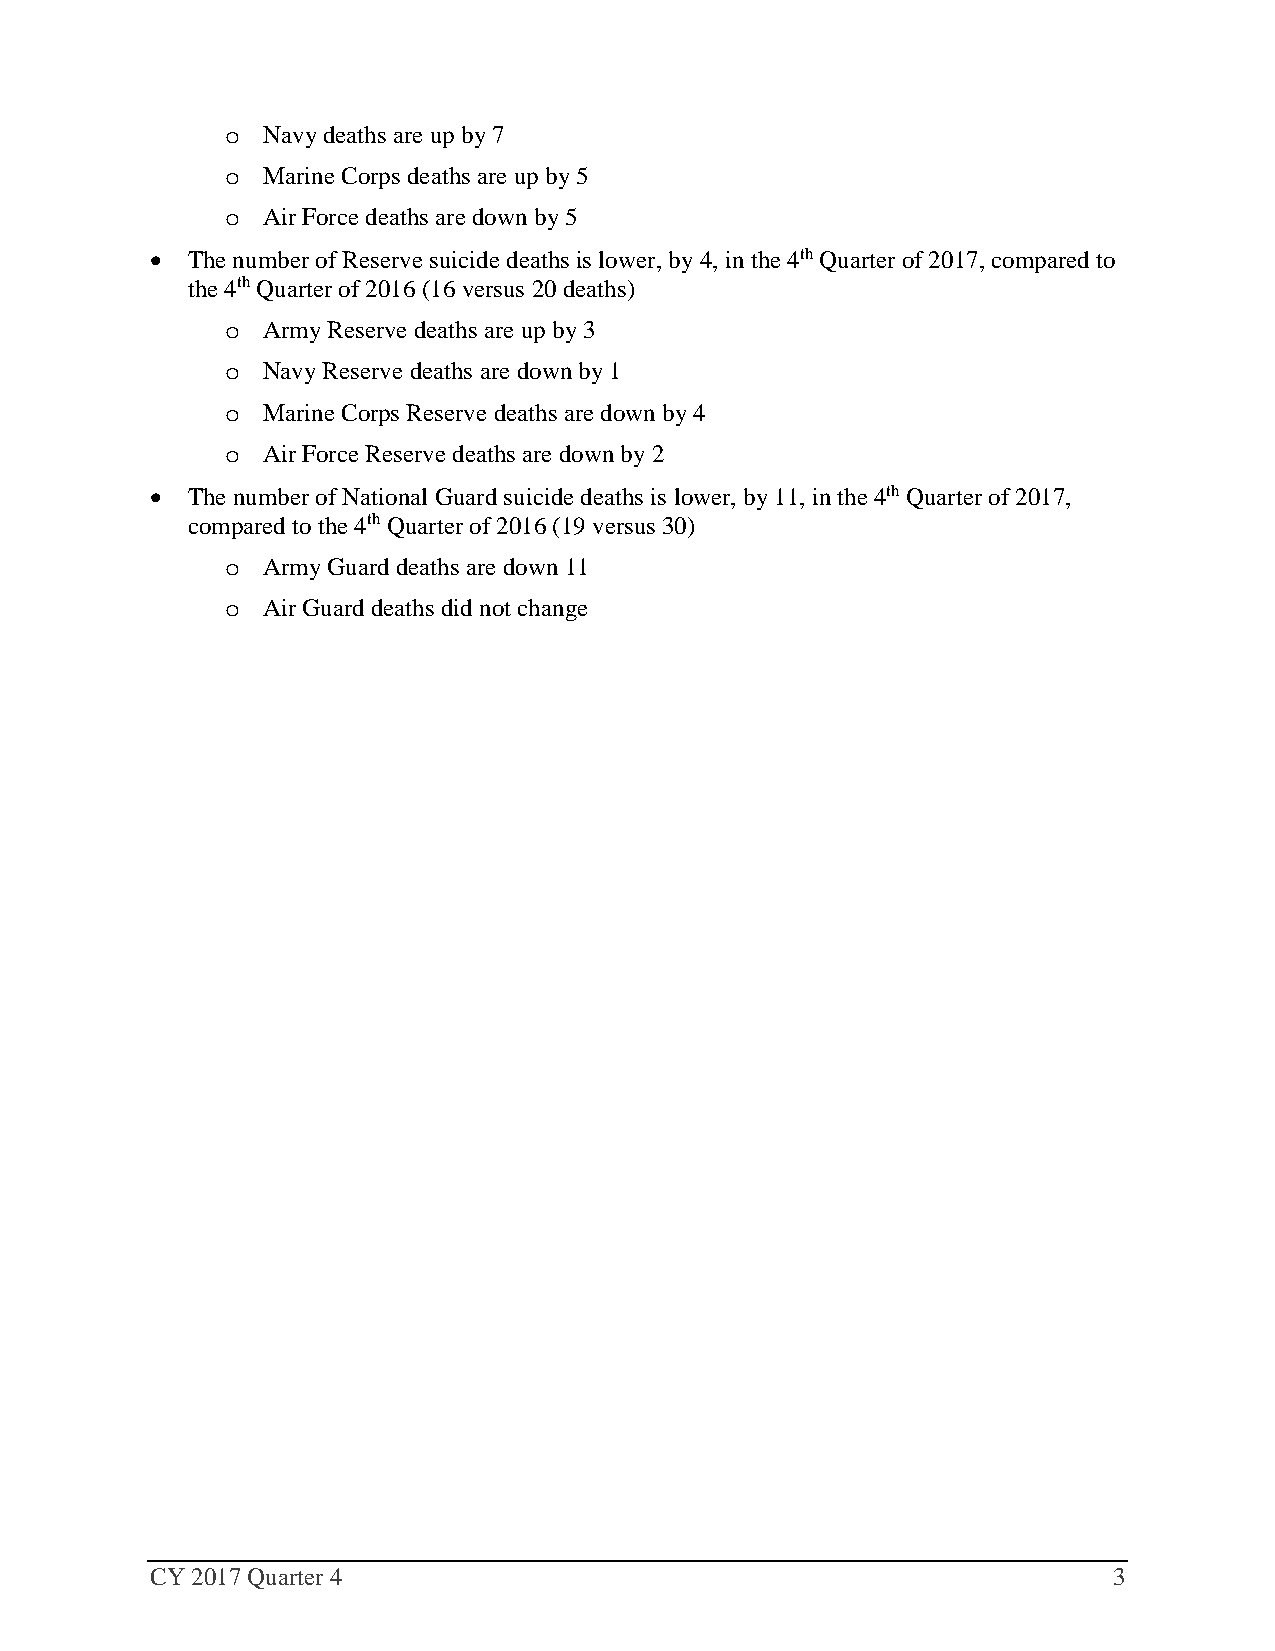
Navy deaths are up by 7
 o
 Marine Corps deaths are up by 5
 o
 Air Force deaths are down by 5
 o
 • The number of Reserve suicide deaths is lower, by 4, in the 4th Quarter of 2017, compared to
 the 4th Quarter of 2016 (16 versus 20 deaths)
 Army Reserve deaths are up by 3
 o
 Navy Reserve deaths are down by 1
 o
 Marine Corps Reserve deaths are down by 4
 o
 Air Force Reserve deaths are down by 2
 o
 • The number of National Guard suicide deaths is lower, by 11, in the 4th Quarter of 2017,
 compared to the 4th Quarter of 2016 (19 versus 30)
 Army Guard deaths are down 11
 o
 Air Guard deaths did not change
 o
 CY 2017 Quarter 4                                               3